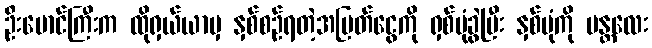
ဦးမောင်ကြီးက ထိုရှယ်ယာမှ နှစ်စဉ်ရတဲ့အမြတ်ငွေကို ရှစ်ပုံခွဲပြီး နှစ်ပုံကို မန္တလေး